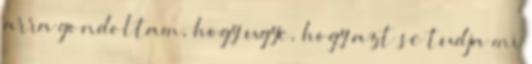
arra gondoltam, hogy ugye, hogy azt se tudja mi